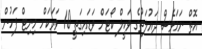
އޮތް ނަމަވެސް ދައުލަތުގެ ވަކީލް ކޯޓަށް ވަޑައިގަތީ 10 ވަރަކަށް މިނިޓް ފަހުން